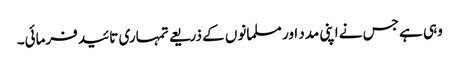
وہی ہے جس نے اپنی مدد اور مسلمانوں کے ذریعے تمہاری تائید فرمائی۔